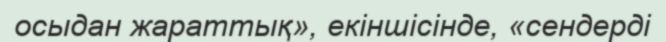
осыдан жараттық», екіншісінде, «сендерді